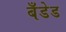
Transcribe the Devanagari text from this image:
बँडेड